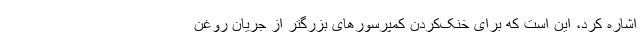
اشاره کرد، این است که برای خنک‌کردن کمپرسورهای بزرگتر از جریان روغن